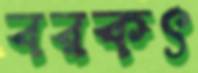
বরকৎ